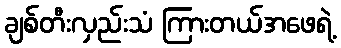
ချစ်တီးလှည်းသံ ကြားတယ်အဖေရဲ့